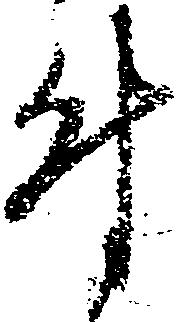
付